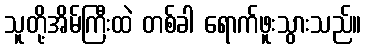
သူတို့အိမ်ကြီးထဲ တစ်ခါ ရောက်ဖူးသွားသည်။